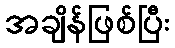
အချိန်ဖြစ်ပြီး